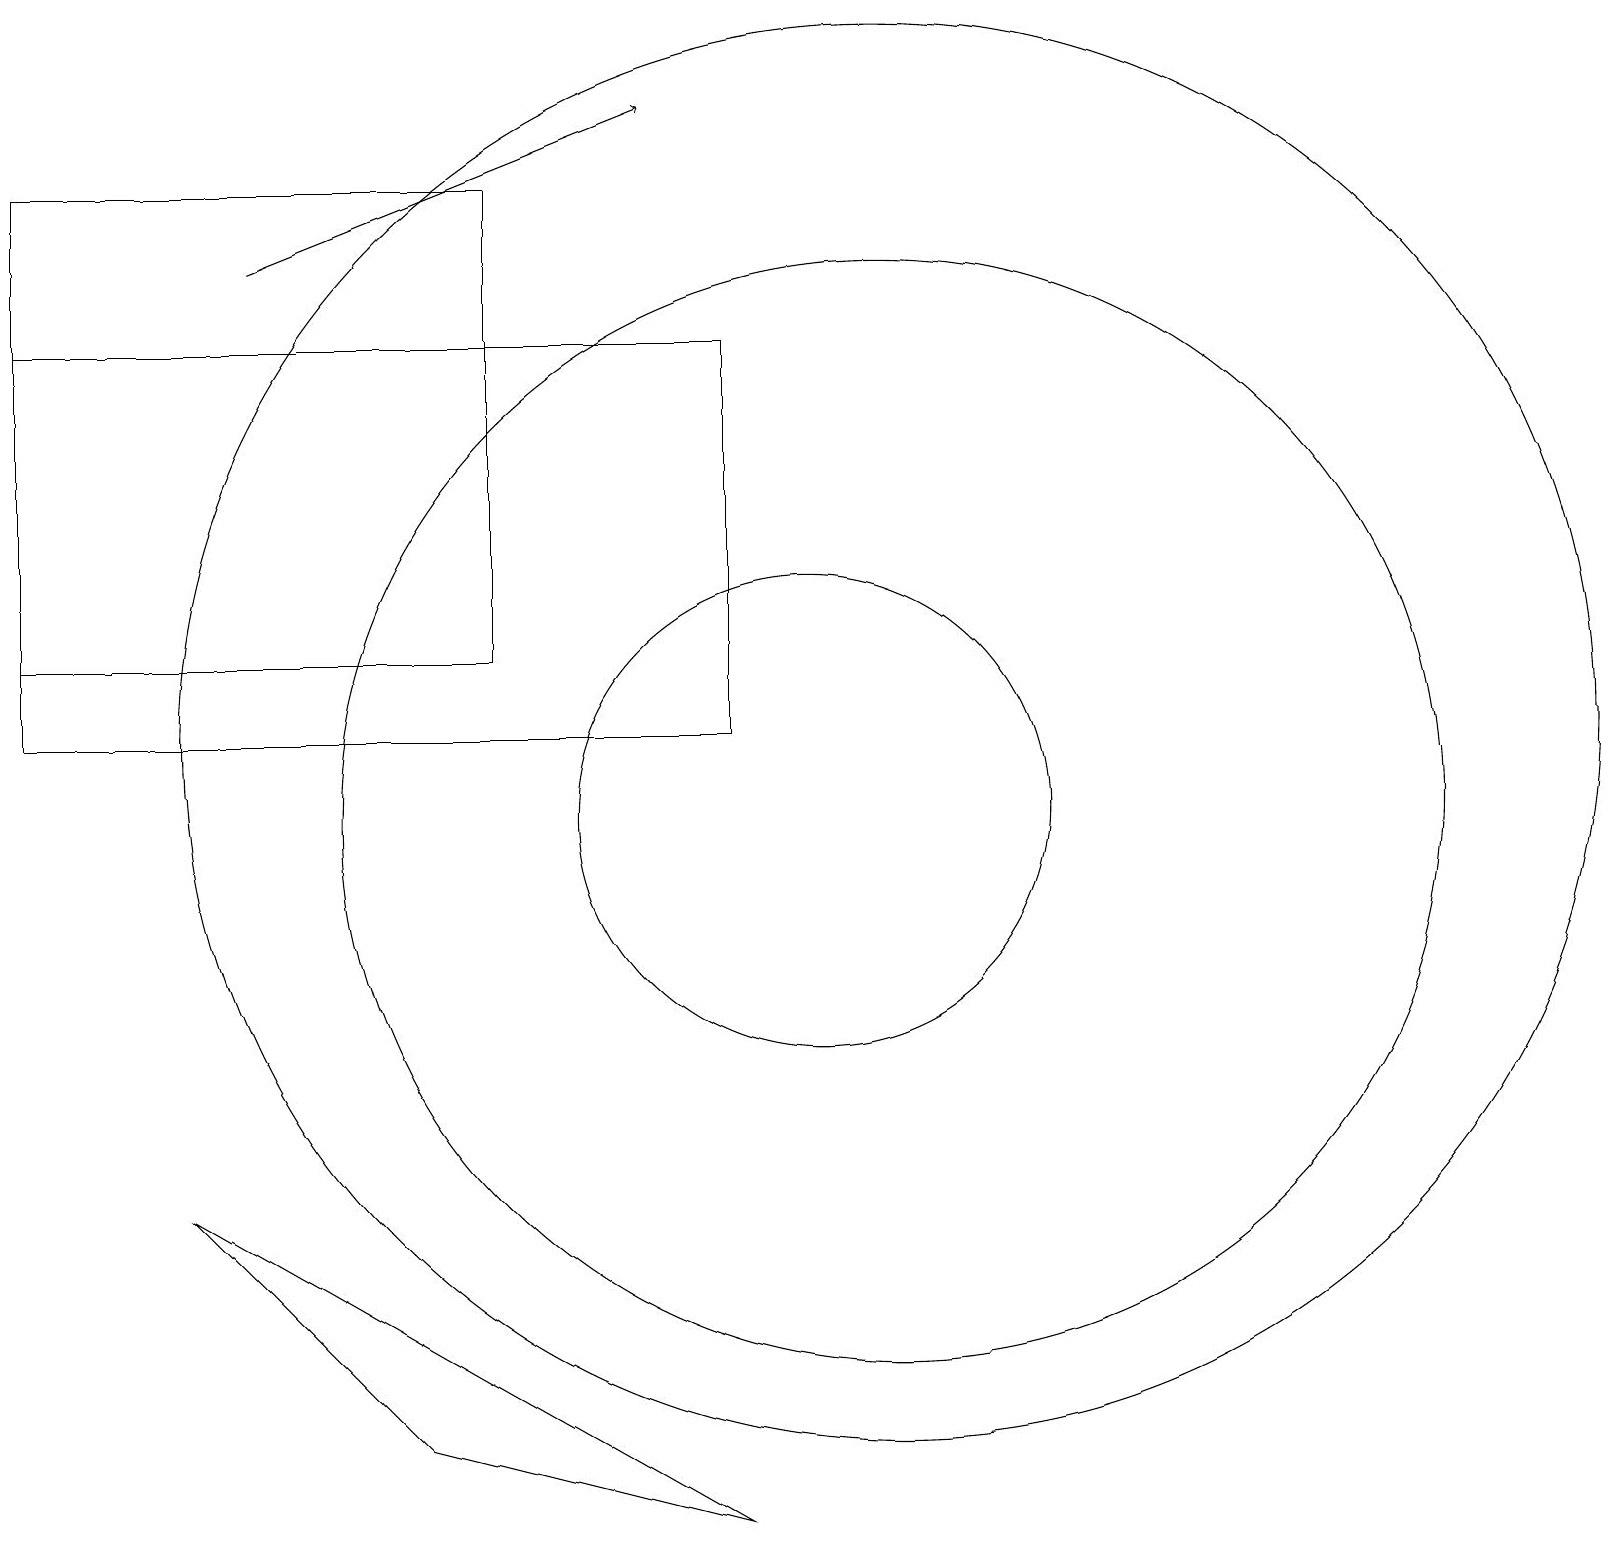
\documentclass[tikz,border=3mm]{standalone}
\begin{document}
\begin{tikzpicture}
\draw (11,11) circle (9);
\draw (6,18) rectangle (0,12);
\draw (10,10) circle (3);
\draw (9,1) -- (5,2) -- (2,5) -- cycle;
\draw[->] (3,17) -- (8,19);
\draw (11,10) circle (7);
\draw (9,11) rectangle (0,16);
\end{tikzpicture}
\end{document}